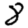
Digit: 8